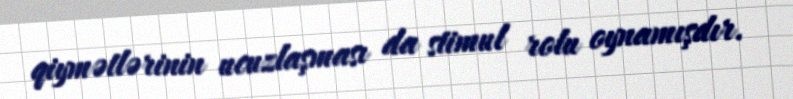
qiymətlərinin ucuzlaşması da stimul rolu oynamışdır.